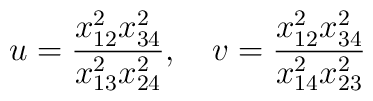
u = \frac{x_{12}^2 x_{34}^2}{x_{13}^2 x_{24}^2}, \quad v = \frac{x_{12}^2 x_{34}^2}{x_{14}^2 x_{23}^2}